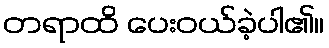
တရာထိ ပေးဝယ်ခဲ့ပါ၏။